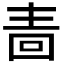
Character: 𭍠